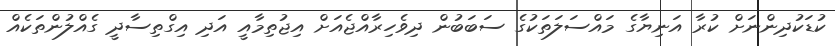
ކުޑަކުދިންނަށް ކުރާ އަނިޔާގެ މައްސަލަތަކުގެ ސަބަބުން ދިވެހިރާއްޖެއަށް އިޖުތިމާއީ އަދި އިގްތިސާދީ ގެއްލުންތަކެއް